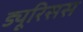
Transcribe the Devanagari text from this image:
ड्यूरिसस